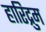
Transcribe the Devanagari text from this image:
हारिद्रुम